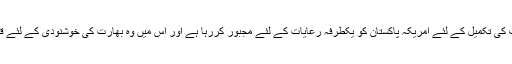
افغانستان میں اپنے تذویراتی اہداف کی تکمیل کے لئے امریکہ پاکستان کو یکطرفہ رعایات کے لئے مجبور کررہا ہے اور اس میں وہ بھارت کی خوشنودی کے لئے قدرے سخت گیر لہجہ اپنا رہا ہے۔